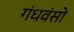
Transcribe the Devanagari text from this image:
गंधवंसो